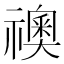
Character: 𥜌